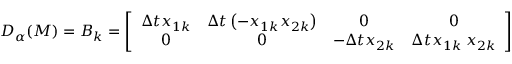
D _ { \alpha } ( M ) = B _ { k } = \left\lbrack \begin{array} { c c c c } { \Delta t x _ { 1 k } } & { \Delta t \left( - x _ { 1 k } x _ { 2 k } \right) } & { 0 } & { 0 } \\ { 0 } & { 0 } & { - \Delta t x _ { 2 k } } & { \Delta t x _ { 1 k } { \; x } _ { 2 k } } \end{array} \right\rbrack